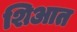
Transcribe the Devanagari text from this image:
शिआत